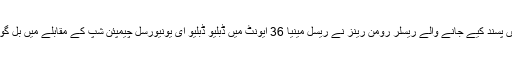
پاکستان سمیت دنیا بھر میں پسند کیے جانے والے ریسلر رومن رینز نے ریسل مینیا 36 ایونٹ میں ڈبلیو ڈبلیو ای یونیورسل چیمپئن شپ کے مقابلے میں بل گولڈ برگ کا مقابلہ کرنا تھا۔